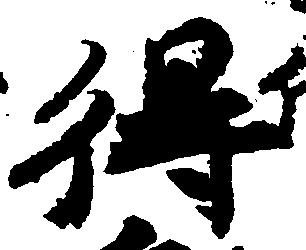
得